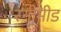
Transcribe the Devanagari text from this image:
रनीमीड